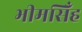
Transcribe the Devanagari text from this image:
भीमसिँह